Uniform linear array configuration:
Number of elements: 48
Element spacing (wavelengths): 0.75
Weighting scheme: blackman
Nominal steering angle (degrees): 0
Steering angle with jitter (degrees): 0.246
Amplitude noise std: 0.05
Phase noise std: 0.05

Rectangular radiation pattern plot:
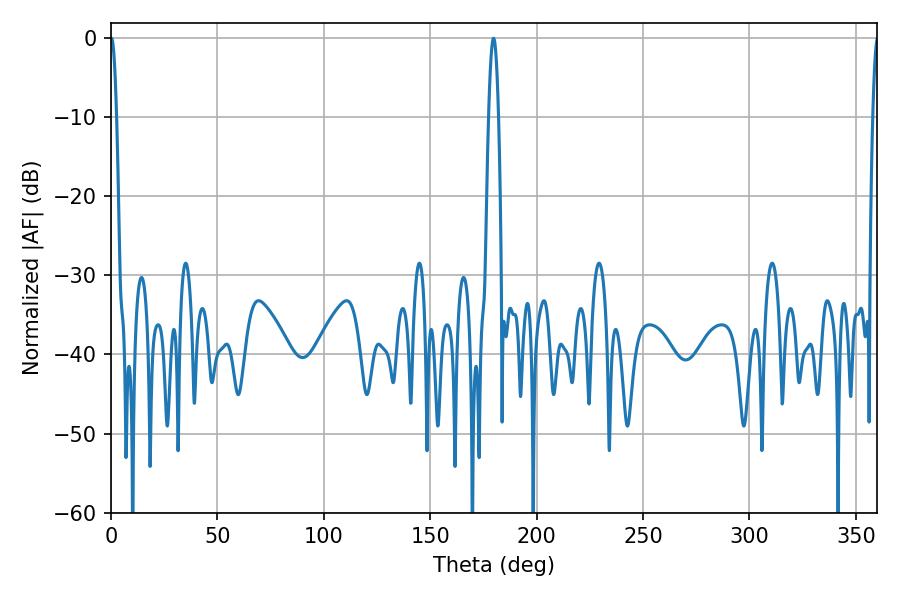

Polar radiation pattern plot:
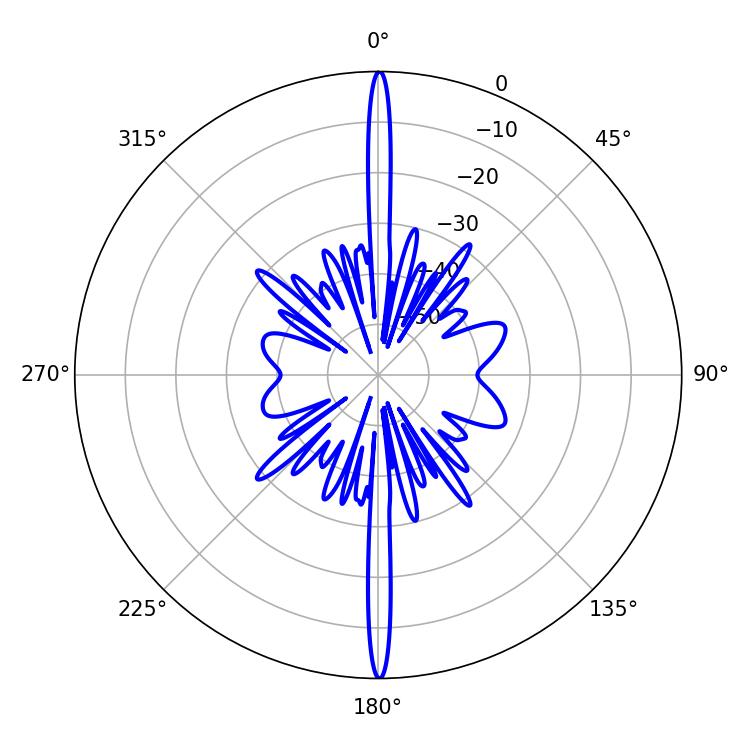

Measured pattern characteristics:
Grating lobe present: TRUE
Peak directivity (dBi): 36.183
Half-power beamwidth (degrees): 1.44
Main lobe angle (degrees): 0.18